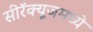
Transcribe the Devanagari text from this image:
सीरॅक्यूजमध्ये